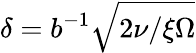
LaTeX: \delta=b^{-1}\sqrt{2\nu/\xi\Omega}